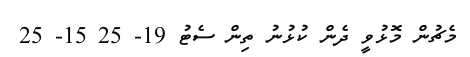
މެޗުން މޮޅުވީ ދެން ކުޅުނު ތިން ސެޓު 19- 25 15- 25